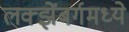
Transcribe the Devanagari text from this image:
लक्झेंबर्गमध्ये